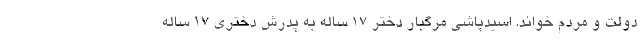
دولت و مردم خواند. اسیدپاشی مرگبار دختر ۱۷ ساله به پدرش دختری ۱۷ ساله